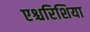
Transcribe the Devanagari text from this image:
एश्चरिशिया